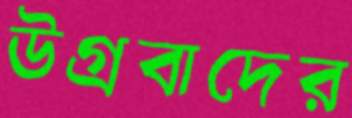
উগ্রবাদের